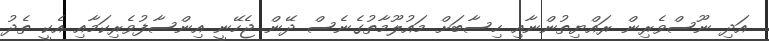
އަދި ނޫސްވެރިން ރައްޔިތުންނާއި ހިސާބަށް މައުލޫމާތުގެނެސް ދޭން ޖެހޭނީ އިންސާފުވެރިކަމާއި އެކީ ތެދު